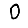
Digit: 0